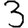
Digit: 3